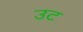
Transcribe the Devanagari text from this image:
उट